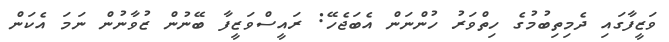
ވަޒީފާގައި ދެމިތިބުމުގެ ހިތްވަރު ހުންނަން އެބަޖެހޭ: ރައީސްވަޒީފާ ބޭނުން ޒުވާނުން ނަމަ އެކަން